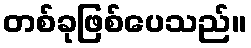
တစ်ခုဖြစ်ပေသည်။